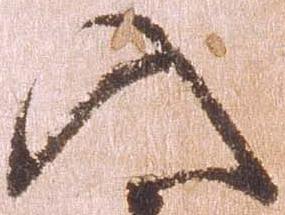
入